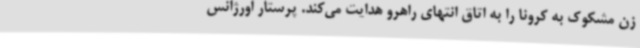
زن مشکوک به کرونا را به اتاق انتهای راهرو هدایت می‌کند. پرستار اورژانس